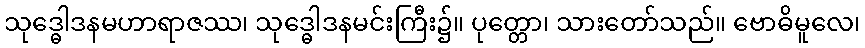
သုဒ္ဓေါဒနမဟာရာဇဿ၊ သုဒ္ဓေါဒနမင်းကြီး၌။ ပုတ္တော၊ သားတော်သည်။ ဗောဓိမူလေ၊